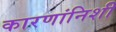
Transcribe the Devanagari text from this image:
कारणांनिशी